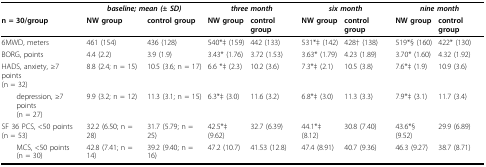
|  | <COLSPAN=2> baseline; mean (± SD) | <COLSPAN=2> three month | <COLSPAN=2> six month | <COLSPAN=2> nine month |
 | n = 30/group | NW group | control group | NW group | control group | NW group | control group | NW group | control group |
 | --- | --- | --- | --- | --- | --- | --- | --- | --- |
 | 6MWD, meters | 461 (154) | 436 (128) | 540*‡ (159) | 442 (133) | 531*‡ (142) | 428† (138) | 519*§ (160) | 422* (130) |
 | BORG, points | 4.4 (2.2) | 3.9 (1.9) | 3.43* (1.76) | 3.72 (1.53) | 3.63* (1.79) | 4.23 (1.89) | 3.70* (1.60) | 4.32 (1.92) |
 | HADS, anxiety, ≥7 points (n = 32) | 8.8 (2.4; n = 15) | 10.5 (3.6; n = 17) | 6.6 *‡ (2.3) | 10.2 (3.6) | 7.3*‡ (2.1) | 10.5 (3.8) | 7.6*‡ (1.9) | 10.9 (3.6) |
 | depression, ≥7 points (n = 27) | 9.9 (3.2; n = 12) | 11.3 (3.1; n = 15) | 6.3*‡ (3.0) | 11.6 (3.2) | 6.8*‡ (3.0) | 11.3 (3.3) | 7.9*‡ (3.1) | 11.7 (3.4) |
 | SF 36 PCS, <50 points (n = 53) | 32.2 (6.50; n = 28) | 31.7 (5.79; n = 25) | 42.5*‡ (9.62) | 32.7 (6.39) | 44.1*‡ (8.12) | 30.8 (7.40) | 43.6*§ (9.52) | 29.9 (6.89) |
 | MCS, <50 points (n = 30) | 42.8 (7.41; n = 14) | 39.2 (9.40; n = 16) | 47.2 (10.7) | 41.53 (12.8) | 47.4 (8.91) | 40.7 (9.36) | 46.3 (9.27) | 38.7 (8.71) |